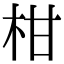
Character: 柑